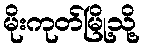
မိုးကုတ်မြို့သို့